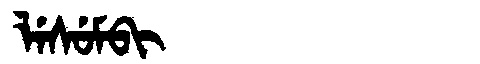
Manchu: ᠯᡝᠰᡠᠮᠪᡳ
Romanization: LESUMBI